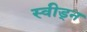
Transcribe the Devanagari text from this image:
स्वीड्न